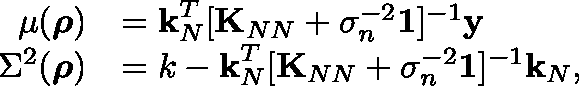
\centering \begin{array} { r l } { \mu ( \boldsymbol { \mathbf { \rho } } ) } & { = \boldsymbol { \mathbf { k } } _ { N } ^ { T } [ \boldsymbol { \mathbf { K } } _ { N N } + \sigma _ { n } ^ { - 2 } \boldsymbol { \mathbf { \mathbb { 1 } } } ] ^ { - 1 } \boldsymbol { \mathbf { y } } } \\ { \Sigma ^ { 2 } ( \boldsymbol { \mathbf { \rho } } ) } & { = k - \boldsymbol { \mathbf { k } } _ { N } ^ { T } [ \boldsymbol { \mathbf { K } } _ { N N } + \sigma _ { n } ^ { - 2 } \boldsymbol { \mathbf { \mathbb { 1 } } } ] ^ { - 1 } \boldsymbol { \mathbf { k } } _ { N } , } \end{array}